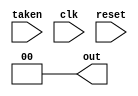
module Project2 (taken, out, clk, reset);
	input taken, clk, reset;
	output reg [1:0] out;
	reg [1:0] curState, nxtState;
	
	localparam ST = 2'b00, T = 2'b01, NT = 2'b10, SNT= 2'b11;
	
	initial
	begin
		curState = NT;
		out = 1'b0;
	end
	
	
	always @(posedge clk)
	begin
		
		case (curState)
			ST: if(taken)  //taken
					nxtState = ST;
				 else   //not taken
					nxtState = T;
					
		   T:  if(taken)  //taken
					nxtState = ST;
				 else   //not taken
					nxtState = NT;
			
			NT: if(taken)  //taken
					nxtState = T;
				 else   //not taken
					nxtState = SNT;
					
			SNT:if(taken) //taken
					nxtState = NT;
				 else  //not taken
					nxtState = SNT;
		endcase
	end
endmodule